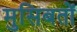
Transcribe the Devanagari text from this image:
मुसिबतों